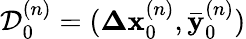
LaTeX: \mathcal{D}_{0}^{(n)}=(\mathbf{\Delta x}_{0}^{(n)},\mathbf{\bar{y}}_{0}^{(n)})